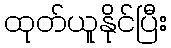
ထုတ်ယူနိုင်ပြီး